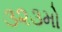
૩૨૩મો